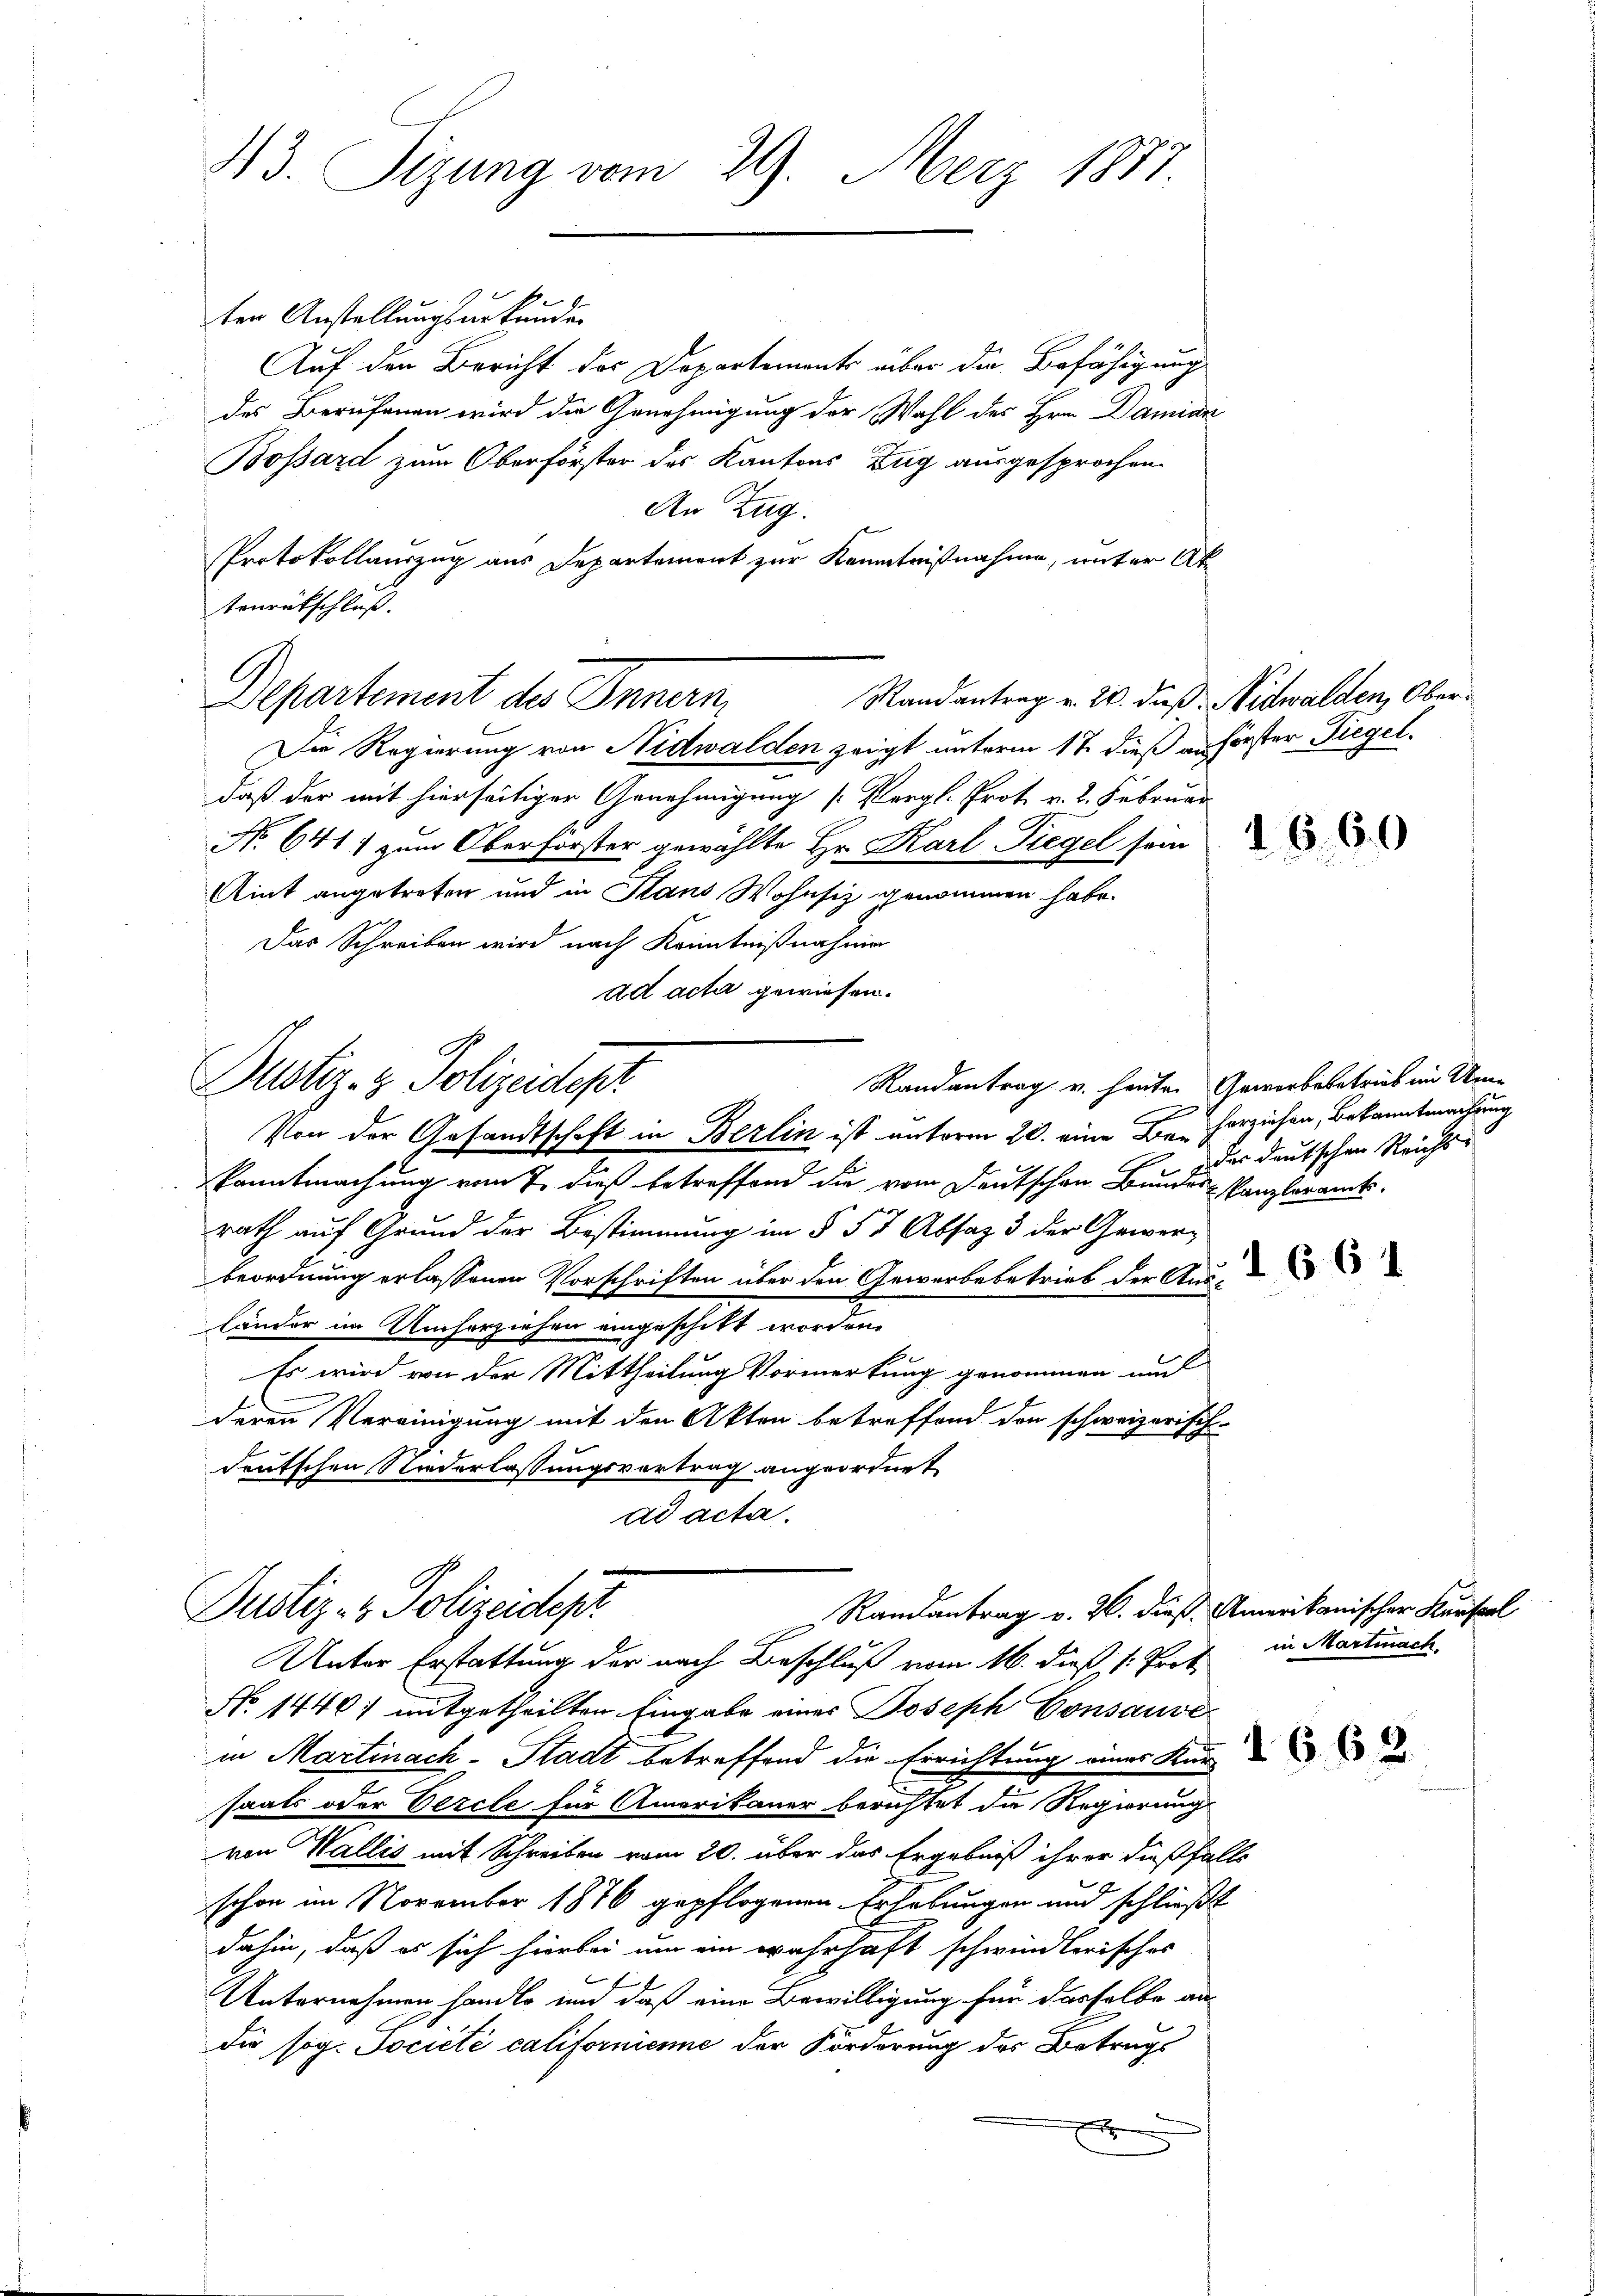
43. Tizung vom 29. März 1877.

ten Anstellungsurkunde.
Auf den Bericht des Departements über die Befähigung
des Berufenen wird die Genehmigung der Wahl des Hrn. Damini
Bossard zum Oberförster des Kantons Zug ausgesprochen.
An Zug.
Protokollauszug aus Departement zur Kenntnißnahme, unter Ak
tenrütschluß.
Randantrag v. 2. daß Nidwalden, Ober¬
Departement des Innern
Die Regierung von Nidwalden zeigt unterm 17. dieß an förster Ziegel.
daß der mit hierseitiger Genehmigung (Vergl. Prot. v. 2. Februar
No. 641) zum Oberförster gewählte Hr. Karl Siegel soi
Aint angetreten und in Plans Wohnsiz genommen habe.
Das Schreiben wird nach Kenntnißnahme
ad acta gewiesen.
Randantrag u. heute. Gewerbebetrieb im Wen
e
Von der Gesandtschaft in Berlin ist unterm 20. eine Beherziehen, Bekanntmachung
kanntmachung vom 7. dieß betreffend die vom Deutschen Bundes-Kanzleramts-
rath auf Grund der Bestimmung im § 57 Absaz 3 der Gewerbeordnung erlassenen Vorschriften über den Gewerbebetrieb der Aus-
länder im Umherziehen eingeschikt worden.
Es wird von der Mittheilung Vormerkung genommen und
deren Vereinigung mit den Akten betreffend den schweizerisch-
deutschen Niederlassungsvortrag angeordnet
ad acta.
Justiz- & Polizeident
Randantrag v. 20. dieß. Amerikanischer Kunstel
Unter Erstattung der nach Beschluß vom 16. dieß (: Prot.
No 1446) mitgetheilten Eingabe eines Joseph Consause
in Martinach-Stadt betreffend die Errichtung eines Kanz
saals oder Vercle für Amerikaner berichtet die Regierung
von Wallis mit Schreiben vom 20. über das Ergebniß ihrer dießfalls
schon im November 1876 gepflogenen Erhebungen und schließt
dahin, daß es sich hierbei um ein wahrhaft schwindlerisches
Unternehmen handle und daß eine Bewilligung für dasselbe an
die sog. Société californienne der Förderung des Betrugs
E

Pustiz- & Polizeistest

der deutschen Reichs-

1661

in Martinach